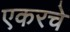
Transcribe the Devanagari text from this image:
एकरचे